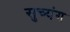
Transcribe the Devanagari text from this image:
सुच्यंग